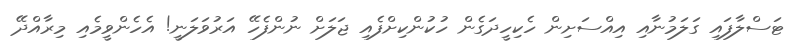
ޓަސްލާފައި ގަލަމުނާއި އިއްސަށިން ހެކިހީދަގެން ހުކުންކިށްފެއި ޖަލަށް ނުންފެހޭ އަރުވަލަނީ! އެހެންވީމެއި މިރާއްދޭ